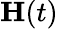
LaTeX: \mathbf H(t)